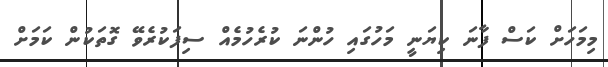
މިމަހަށް ކަސް ފާނަ ކިޔަނީ މަހުގައި ހުންނަ ކުރެހުމެއް ސިފަކުރެވޭ ގޮތަކުން ކަމަށް